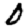
Digit: 0